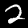
Digit: 2